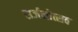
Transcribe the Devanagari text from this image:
सर्जनोत्सव